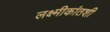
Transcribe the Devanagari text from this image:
लक्ष्मीकांतशी